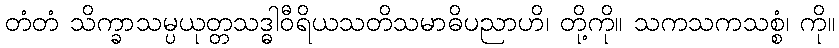
တံတံ သိက္ခာသမ္ပယုတ္တသဒ္ဓါဝီရိယသတိသမာဓိပညာဟိ၊ တို့ကို။ သကသကသစ္စံ၊ ကို။